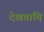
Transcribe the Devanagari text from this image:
देखतांचि